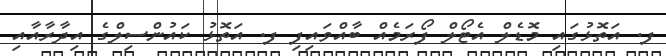
ފ. އަތޮޅުގައި މޮޑެލް އެޓޯލް ފޯރަމެއް ބާއްވައިފި ފ. އަތޮޅު ކައުންސިލްގެ އިދާރާއާއި